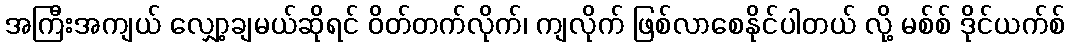
အကြီးအကျယ် လျှော့ချမယ်ဆိုရင် ဝိတ်တက်လိုက်၊ ကျလိုက် ဖြစ်လာစေနိုင်ပါတယ် လို့ မစ်စ် ဒိုင်ယက်စ်